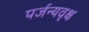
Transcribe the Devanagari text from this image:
पर्जन्यवृक्ष